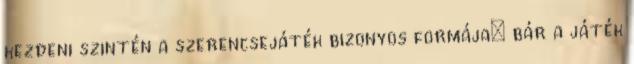
kezdeni szintén a szerencsejáték bizonyos formája: bár a játék